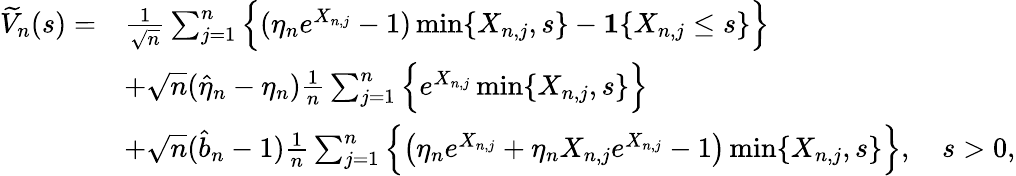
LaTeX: \begin{array}{rl}{\widetilde{V}_{n}(s)=}&{\frac{1}{\sqrt{n}}\sum_{j=1}^{n}\Big\{ (\eta_{n}e^{X_{n,j}}-1)\operatorname*{min}\{ X_{n,j},s\} -\mathbf{1}\{ X_{n,j}\leq s\} \Big\} }\\ &{+\sqrt{n}(\widehat{\eta}_{n}-\eta_{n})\frac 1n\sum_{j=1}^{n}\Big\{ e^{X_{n,j}}\operatorname*{min}\{ X_{n,j},s\} \Big\} }\\ &{+\sqrt{n}(\widehat{b}_{n}-1)\frac{1}{n}\sum_{j=1}^{n}\Big\{ \big(\eta_{n}e^{X_{n,j}}+\eta_{n}X_{n,j}e^{X_{n,j}}-1\big)\operatorname*{min}\{ X_{n,j},s\} \Big\} ,\quad s>0,}\end{array}